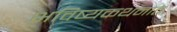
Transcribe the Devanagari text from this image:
भविष्यकथनात